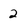
Character: 2